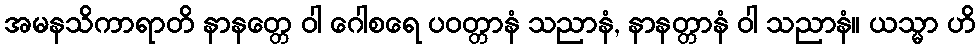
အမနသိကာရာတိ နာနတ္တေ ဝါ ဂေါစရေ ပဝတ္တာနံ သညာနံ, နာနတ္တာနံ ဝါ သညာနံ။ ယသ္မာ ဟိ